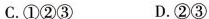
C.①②③ D.②③